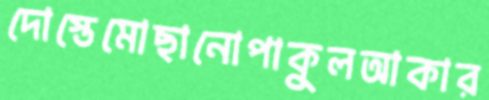
দোস্তেমোছানোপাকুলআকার